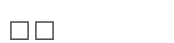
٣٠